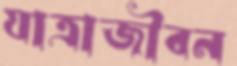
যাত্রাজীবন